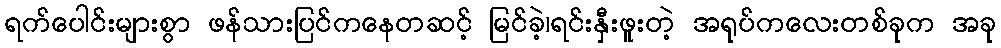
ရက်ပေါင်းများစွာ ဖန်သားပြင်ကနေတဆင့် မြင်ခဲ့၊ရင်းနှီးဖူးတဲ့ အရုပ်ကလေးတစ်ခုက အခု